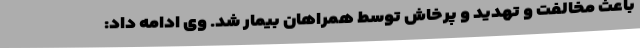
باعث مخالفت و تهدید و پرخاش توسط همراهان بیمار شد. وی ادامه داد: